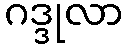
ဂဒ္ဒုလာ